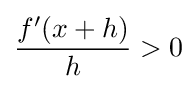
{\frac {f'(x+h)}{h}}>0